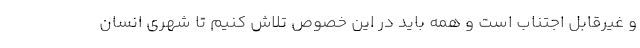
و غیرقابل اجتناب است و همه باید در این خصوص تلاش کنیم تا شهری انسان